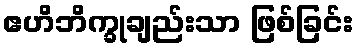
ဧဟိဘိက္ခုချည်းသာ ဖြစ်ခြင်း